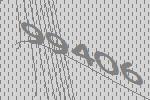
99406